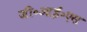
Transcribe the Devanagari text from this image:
जी॰आई॰एस